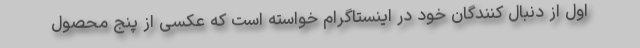
اول از دنبال کنندگان خود در اینستاگرام خواسته است که عکسی از پنج محصول